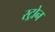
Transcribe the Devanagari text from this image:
स्ट्रोन